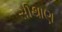
સીથાણ